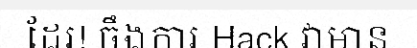
ដែរ! ចឹងការ Hack វាមាន